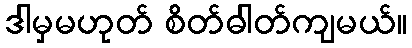
ဒါမှမဟုတ် စိတ်ဓါတ်ကျမယ်။